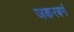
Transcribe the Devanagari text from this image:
जकरबर्ग